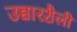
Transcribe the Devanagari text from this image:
उच्चारशैली